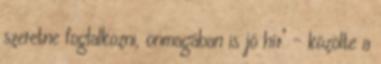
szeretne foglalkozni, önmagában is jó hír" - közölte a